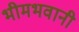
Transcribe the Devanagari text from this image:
भीमभवानी